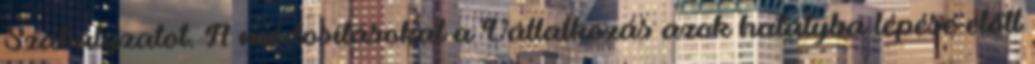
Szabályzatot. A módosításokat a Vállalkozás azok hatályba lépése előtt